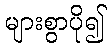
များစွာပို၍